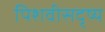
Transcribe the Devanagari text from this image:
पिशवीसदृष्य